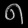
Digit: ၈